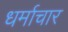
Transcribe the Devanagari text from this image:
धर्माचार